Vaccination North-Western Provinces 1866-1877 - 1866-1877
Year: 1866
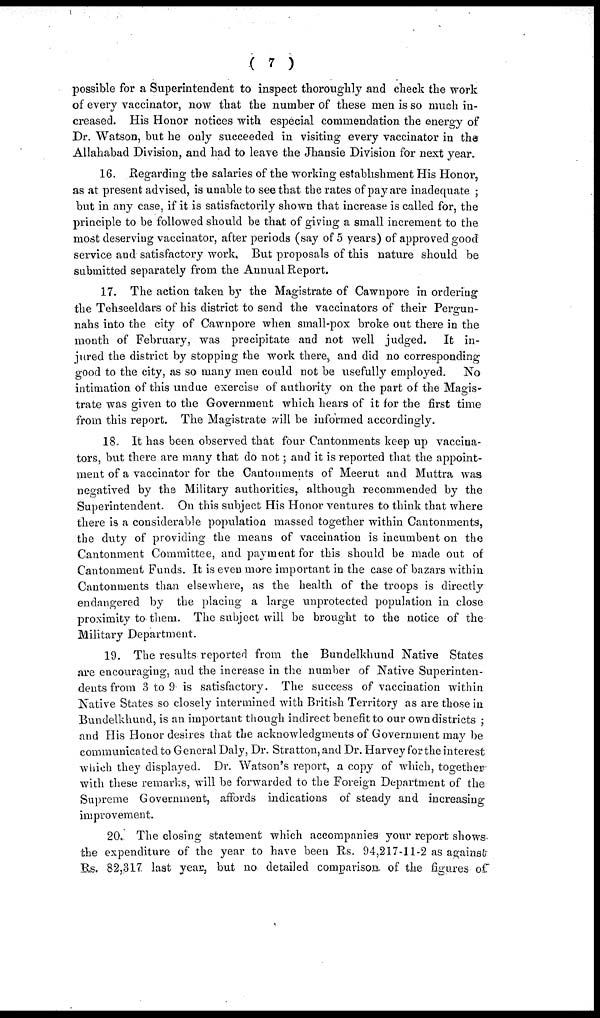
( 7 )
possible for a Superintendent to inspect thoroughly and check the work
of every vaccinator, now that the number of these men is so much in-
creased. His Honor notices with especial commendation the energy of
Dr. Watson, but he only succeeded in visiting every vaccinator in the
Allahabad Division, and had to leave the Jhansie Division for next year.
16. Regarding the salaries of the working establishment His Honor,
as at present advised, is unable to see that the rates of pay are inadequate ;
but in any case, if it is satisfactorily shown that increase is called for, the
principle to be followed should be that of giving a small increment to the
most deserving vaccinator, after periods (say of 5 years) of approved good
service and satisfactory work, But proposals of this nature should be
submitted separately from the Annual Report.
17. The action taken by the Magistrate of Cawnpore in orderiug
the Tehseeldars of his district to send the vaccinators of their Pergun-
nahs into the city of Cawnpore when small-pox broke out there in the
month of February, was precipitate and not well judged. It in-
jured the district by stopping the work there, and did no corresponding
good to the city, as so many men could not be usefully employed. No
intimation of this undue exercise of authority on the part of the Magis-
trate was given to the Government which hears of it for the first time
from this report. The Magistrate will be informed accordingly.
18. It has been observed that four Cantonments keep up vaccina-
tors, but there are many that do not; and it is reported that the appoint-
ment of a vaccinator for the Cantonments of Meerut and Muttra was
negatived by the Military authorities, although recommended by the
Superintendent. On this subject His Honor ventures to think that where
there is a considerable population massed together within Cantonments,
the duty of providing the means of vaccination is incumbent on the
Cantonment Committee, and payment for this should be made out of
Cantonment Funds. It is even more important in the case of bazars within
Cantonments than elsewhere, as the health of the troops is directly
endangered by the placing a large unprotected population in close
proximity to them. The subject will be brought to the notice of the
Military Department.
19. The results reported from the Bundelkhund Native States
are encouraging, and the increase in the number of Native Superinten-
dents from 3 to 9 is satisfactory. The success of vaccination within
Native States so closely intermined with British Territory as are those in
Bundelkhund, is an important though indirect benefit to our own districts ;
and His Honor desires that the acknowledgments of Government may be
communicated to General Daly, Dr. Stratton, and Dr. Harvey for the interest
which they displayed. Dr. Watson's report, a copy of which, together
with these remarks, will be forwarded to the Foreign Department of the
Supreme Government, affords indications of steady and increasing
improvement.
20. The closing statement which accompanies your report shows
the expenditure of the year to have been Rs. 94,217-11-2 as against
Rs. 82,317. last year, but no detailed comparison, of the figures of